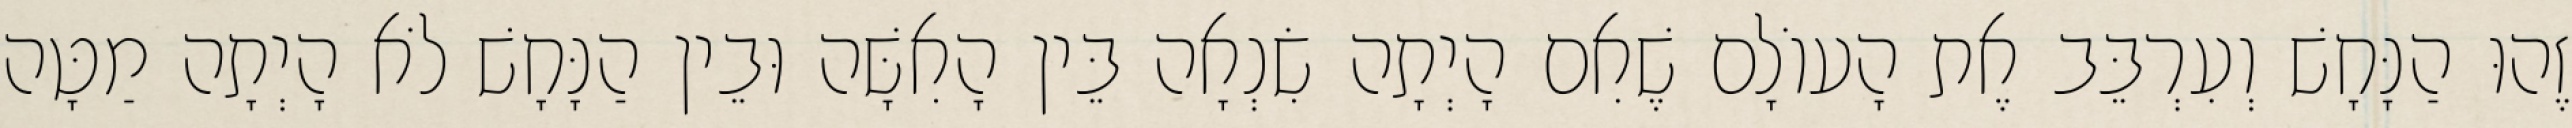
זֶהוּ הַנָּחָשׁ וְעִרְבֵּב אֶת הָעוֹלָם שֶׁאִם הָיְתָה שִׂנְאָה בֵּין הָאִשָּׁה וּבֵין הַנָּחָשׁ לֹא הָיְתָה מַטָּה